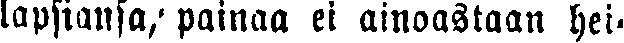
lapsiansa, painaa ei ainoastaan hei-